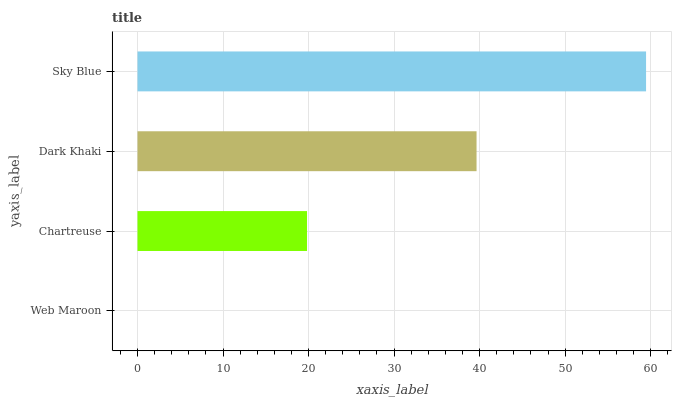
| yaxis_label | bars |
 | --- | --- |
 | Web Maroon | 0 |
 | Chartreuse | 19.8 |
 | Dark Khaki | 39.6 |
 | Sky Blue | 59.5 |